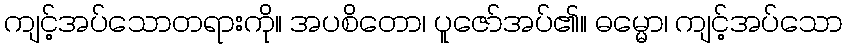
ကျင့်အပ်သောတရားကို။ အပစိတော၊ ပူဇော်အပ်၏။ ဓမ္မော၊ ကျင့်အပ်သော